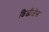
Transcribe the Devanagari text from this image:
डिजीजेस